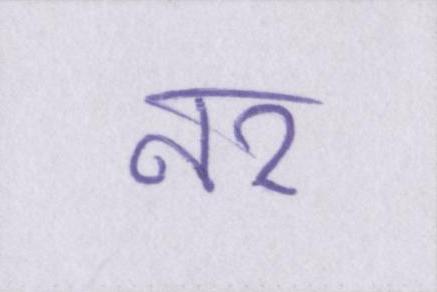
नर